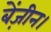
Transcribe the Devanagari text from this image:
बेंज़ीन।